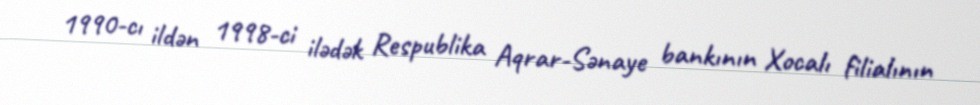
1990-cı ildən 1998-ci ilədək Respublika Aqrar-Sənaye bankının Xocalı filialının